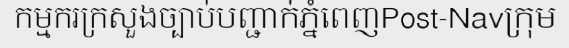
កម្មករក្រសួងច្បាប់បញ្ជាក់ភ្នំពេញPost-Navក្រុម